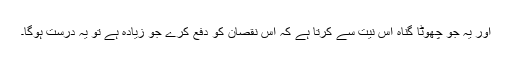
اور یہ جو چھوٹا گناہ اس نیت سے کرتا ہے کہ اس نقصان کو دفع کرے جو زیادہ ہے تو یہ درست ہوگا۔